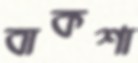
বাকশা